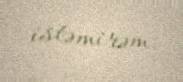
istəmirəm.